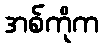
အစ်ကိုက